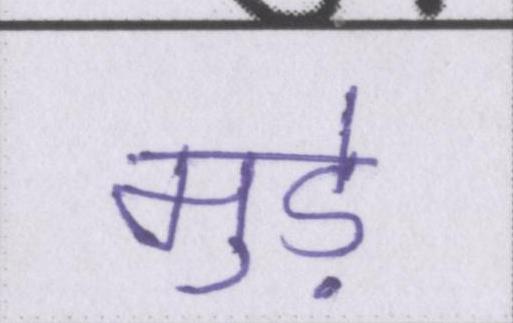
मुड़े